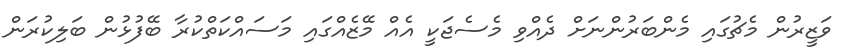
ވަޒީރުން މެޗުގައި މެންބަރުންނަށް ދެއްވި މެސެޖަކީ އެއް މޭޒެއްގައި މަސައްކަތްކުރާ ބޭފުޅުން ބަލިކުރަން